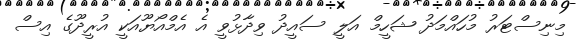
މިނިސްޓަރު މުހައްމަދު ޝަހީމް އަލީ ސައީދު ވިދާޅުވީ އެ އެމްއޯޔޫއަކީ އުރީދޫގެ އިސް